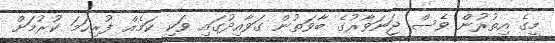
މީގެ އިތުރުން ވެސް ޖަނަވާރުގެ ބާވަތުން ގަވާއިދުގައި ވަކި ކަމެއް ފުރިހަމަ ކުރުމަށް